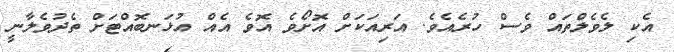
އެކި ލެވެލްތައް ވެސް ހުރެއެވެ. އަރިއަކަށް އޮށޯވެ އޮވެ އެއް އުޅަނބޮއްޓަށް ތެދުވެލާނީ